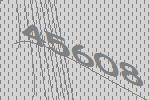
45608